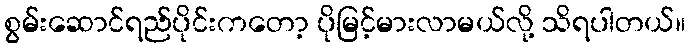
စွမ်းဆောင်ရည်ပိုင်းကတော့ ပိုမြင့်မားလာမယ်လို့ သိရပါတယ်။